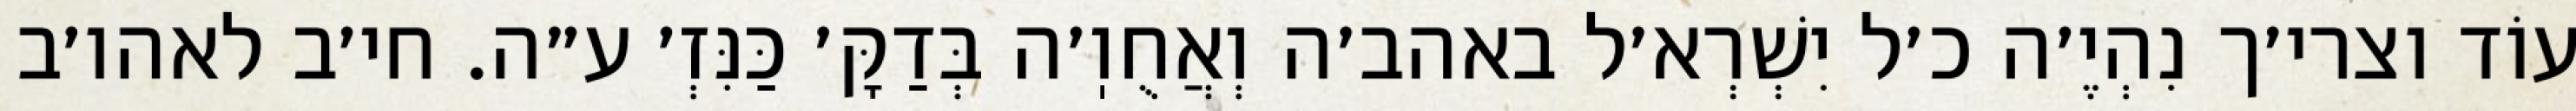
עוֹד וצרי׳ך נִהְיֶ׳ה כ׳ל יִשְׁרְא׳ל באהב׳ה וְאֲחֻוֽ׳ה בְּדַקָּ׳ כַּנִּזְ׳ ע״ה. חי׳ב לאהו׳ב